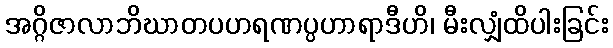
အဂ္ဂိဇာလာဘိဃာတပဟရဏပ္ပဟာရာဒီဟိ၊ မီးလျှံထိပါးခြင်း